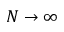
N \rightarrow \infty